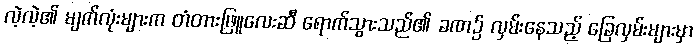
လဲ့လဲ့၏ မျက်လုံးများက တံတားဖြူလေးဆီ ရောက်သွားသည်၏ ခဏ၌ လှမ်းနေသည့် ခြေလှမ်းများမှာ